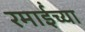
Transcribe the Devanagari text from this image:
रमाईंच्या